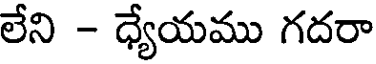
లేని - ధ్యేయము గదరా